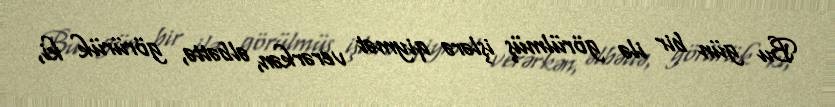
Bu gün bir ilə görülmüş işlərə qiymət verərkən, əlbəttə, görürük ki,